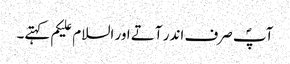
آپؐ صرف اندر آتے اور السلام علیکم کہتے۔